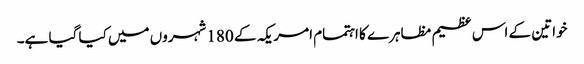
خواتین کے اس عظیم مظاہرے کا اہتمام امریکہ کے 180 شہروں میں کیا گیا ہے۔